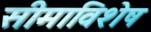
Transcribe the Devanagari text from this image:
सीमाविशेष